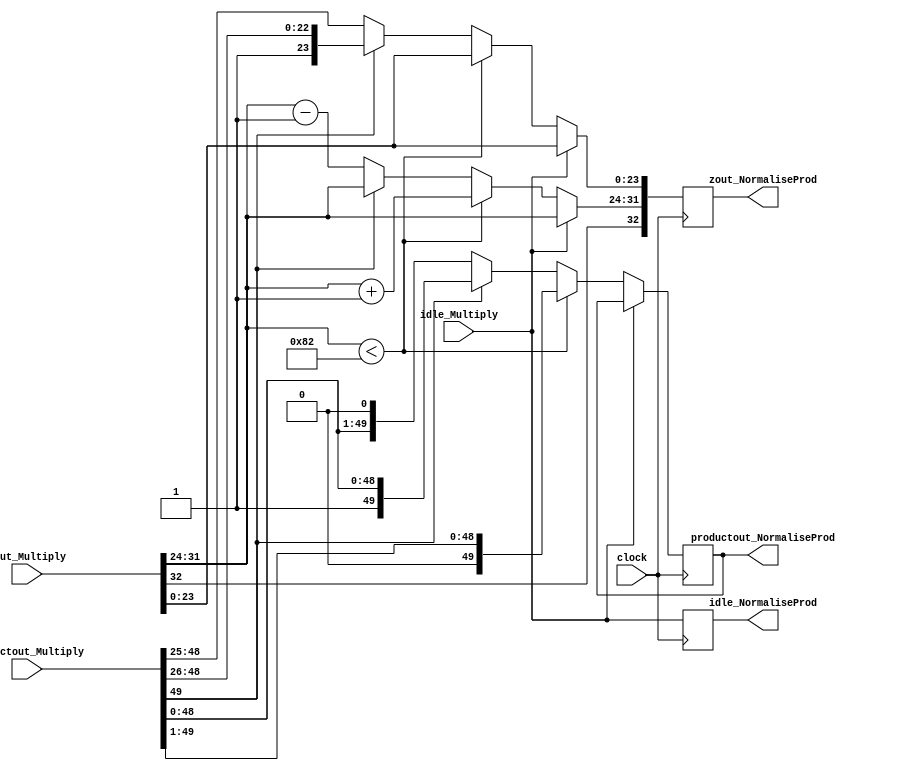
module NormaliseProdMult(
	input [32:0] zout_Multiply,
	input [49:0] productout_Multiply,
	input clock,
	input idle_Multiply,
	output reg idle_NormaliseProd,
	output reg [32:0] zout_NormaliseProd,
	output reg [49:0] productout_NormaliseProd
   );

parameter no_idle = 1'b0,
			 put_idle = 1'b1;

wire z_sign;
wire [7:0] z_exponent;
wire [26:0] z_mantissa;

assign z_sign = zout_Multiply[32];
assign z_exponent = zout_Multiply[31:24];
assign z_mantissa = {zout_Multiply[23:0]};

always @ (posedge clock) begin
	
	idle_NormaliseProd <= idle_Multiply;
	
	if (idle_Multiply == no_idle) begin
	
		// This case will never arise. This is because for input with exponent less than -12 multiply isn't used.
		if ($signed(z_exponent) < -126) begin
			zout_NormaliseProd[32] <= z_sign;
         zout_NormaliseProd[31:24] <= z_exponent + 1;
			zout_NormaliseProd[23:0]  <= z_mantissa;
         productout_NormaliseProd <= productout_Multiply >> 1;
		end
			
		// This could be problematic. Will have to test for average number of cycles
		// Current solution is to hard code for all cases like normalisation in addition.
		else if (productout_Multiply[49] == 0) begin
			zout_NormaliseProd[32] <= z_sign;
			zout_NormaliseProd[31:24] <= z_exponent - 1;
			zout_NormaliseProd[23:0] <= {productout_Multiply[48:25]};
			productout_NormaliseProd <= productout_Multiply << 1;
		end
		
		else begin
			zout_NormaliseProd[32] <= z_sign;
			zout_NormaliseProd[31:24] <= z_exponent;
			zout_NormaliseProd[23:0] <= {productout_Multiply[49:26]};
			productout_NormaliseProd <= productout_Multiply;
		end	
	end
	
	else begin
		zout_NormaliseProd <= zout_Multiply;
	end
	
end

endmodule